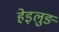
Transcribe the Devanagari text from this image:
हेइलुङ